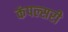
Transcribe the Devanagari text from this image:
कंपल्सरी